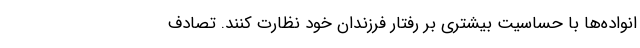
انواده‌ها با حساسیت بیشتری بر رفتار فرزندان خود نظارت کنند. تصادف